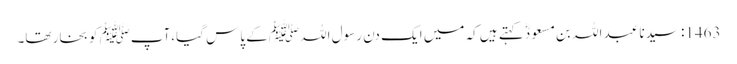
1463: سیدنا عبد اللہ بن مسعودؓ کہتے ہیں کہ میں ایک دن رسول اللہﷺ کے پاس گیا،آپﷺ کو بخار تھا۔